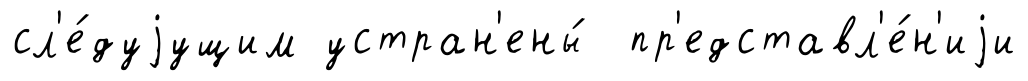
сл'е́дуjущим устран'ены́ пр'едставл'е́н'иjи